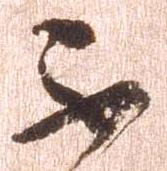
不